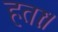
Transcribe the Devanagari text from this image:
हताः।